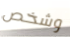
وشخص